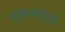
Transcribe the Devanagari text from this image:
साक्षात्कारामुळे